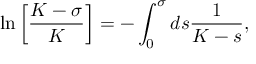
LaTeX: \ln \left[ \frac { K - \sigma } { K } \right] = - \int _ { 0 } ^ { \sigma } d s \frac { 1 } { K - s } ,